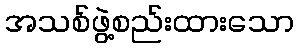
အသစ်ဖွဲ့စည်းထားသော